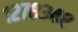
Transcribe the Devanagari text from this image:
१२७८३४८